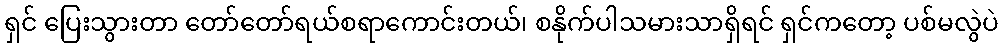
ရှင် ပြေးသွားတာ တော်တော်ရယ်စရာကောင်းတယ်၊ စနိုက်ပါသမားသာရှိရင် ရှင်ကတော့ ပစ်မလွဲပဲ